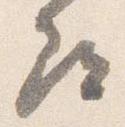
尋